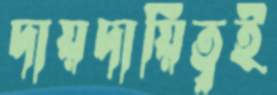
দায়দায়িত্বই